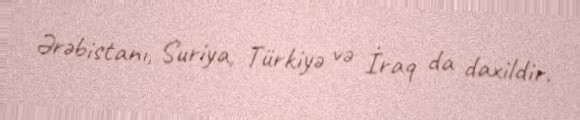
Ərəbistanı, Suriya, Türkiyə və İraq da daxildir.